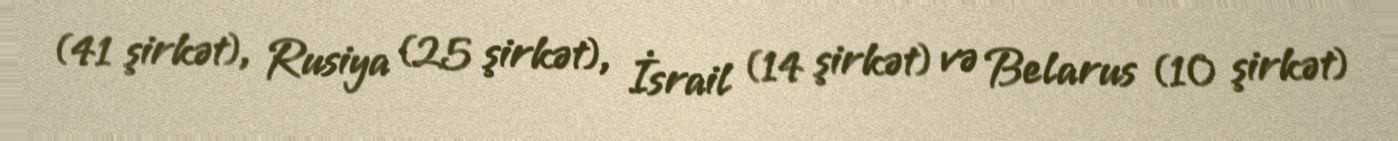
(41 şirkət), Rusiya (25 şirkət), İsrail (14 şirkət) və Belarus (10 şirkət)